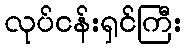
လုပ်ငန်းရှင်ကြီး